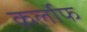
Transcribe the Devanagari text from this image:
कर्लोफ